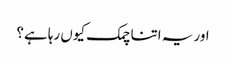
اور یہ اتنا چمک کیوں رہا ہے؟